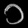
Digit: ၁